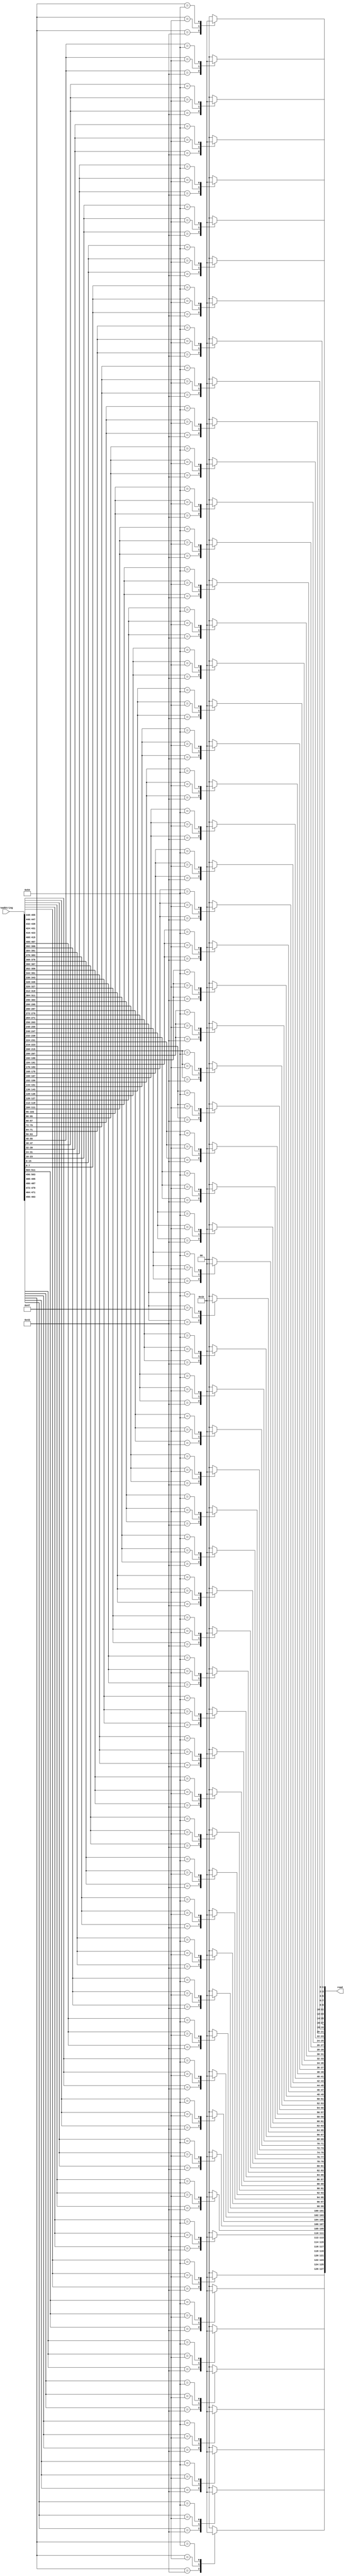
module compressNucleotides #(
    parameter LENGTH = 64
) (
    input [LENGTH * 8 - 1 : 0] readString,
    output reg [LENGTH * 2 - 1 : 0] read
);

parameter A = 65;
parameter C = 67;
parameter G = 71;
parameter T = 84;

genvar i;
generate
    for (i = 0; i < LENGTH; i++) begin:bases
        always @* begin
            case (readString[8 * (i + 1) - 1 : 8 * i])
                A : read[2 * (i + 1) - 1 : 2 * i] <= 2'b00;
                C : read[2 * (i + 1) - 1 : 2 * i] <= 2'b01;
                G : read[2 * (i + 1) - 1 : 2 * i] <= 2'b10;
                T : read[2 * (i + 1) - 1 : 2 * i] <= 2'b11;
                default: read[2 * (i + 1) - 1 : 2 * i] <= 2'b00;
            endcase
        end
    end
endgenerate

endmodule